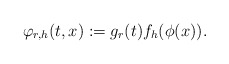
\begin{align*}\varphi_{r,h}(t,x) := g_r(t) f_h(\phi(x)).\end{align*}